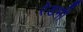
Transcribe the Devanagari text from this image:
रेडमी